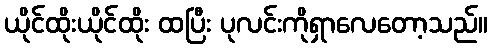
ယိုင်ထိုးယိုင်ထိုး ထပြီး ပုလင်းကိုရှာလေတော့သည်။